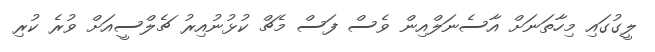
ލީގުގައި މިހާތަނަށް އާސެނަލްއިން ވެސް ފަސް މެޗް ކުޅުނުއިރު ޗެލްސީއަށް ވުރެ ކުރި